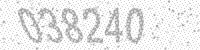
Solution: 038240